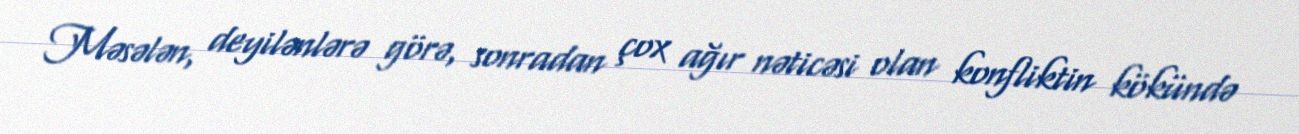
Məsələn, deyilənlərə görə, sonradan çox ağır nəticəsi olan konfliktin kökündə